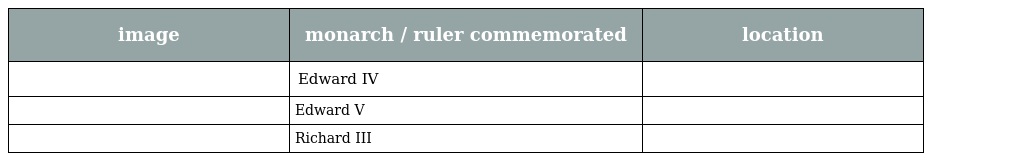
| image | monarch / ruler commemorated | location |
 | --- | --- | --- |
 |  | Edward IV |  |
 |  | Edward V |  |
 |  | Richard III |  |